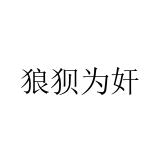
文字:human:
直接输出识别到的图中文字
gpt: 狼狈为奸